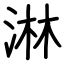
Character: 淋